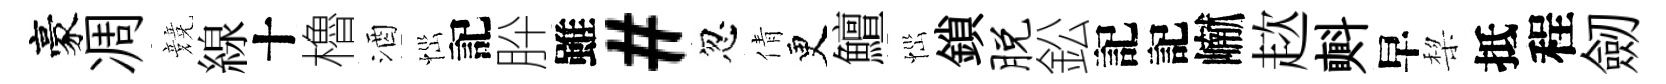
豪凋競線十櫓酒𢙉記肸雖#忽倩更鱣𢙉鎖脱鈆記記𪩘趑㪺早棃抵程劒